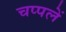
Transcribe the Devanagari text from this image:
चप्‍पलें